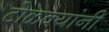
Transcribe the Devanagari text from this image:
टोळक्यांनी